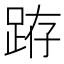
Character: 𨀛